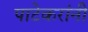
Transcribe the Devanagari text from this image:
पाटेकरांनी